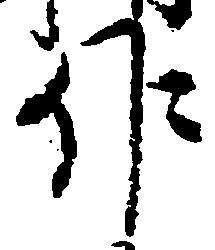
作